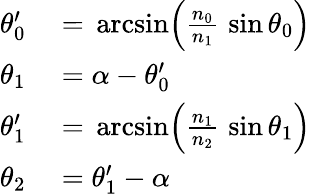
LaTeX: \begin{array}{rl}{\theta_{0}^{\prime}}&{{}=\, {\mathrm{arcsin}}{\Big(}{\frac{n_{0}}{n_{1}}}\, \sin\theta_{0}{\Big)}}\\ {\theta_{1}}&{{}=\alpha-\theta_{0}^{\prime}}\\ {\theta_{1}^{\prime}}&{{}=\, {\mathrm{arcsin}}{\Big(}{\frac{n_{1}}{n_{2}}}\, \sin\theta_{1}{\Big)}}\\ {\theta_{2}}&{{}=\theta_{1}^{\prime}-\alpha}\end{array}